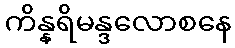
ကိန္နရိမန္ဒလောစနေ